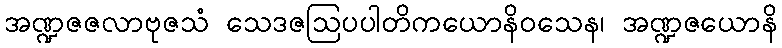
အဏ္ဍဇဇလာဗုဇသံ သေဒဇဩပပါတိကယောနိဝသေန၊ အဏ္ဍဇယောနိ